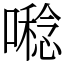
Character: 𡀝